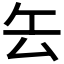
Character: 𠫟